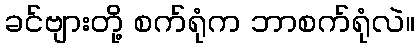
ခင်ဗျားတို့ စက်ရုံက ဘာစက်ရုံလဲ။